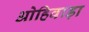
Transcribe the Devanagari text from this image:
ओहिवाड़ा